Scientific memoirs by medical officers of the Army of India - Part II,
Year: 1886
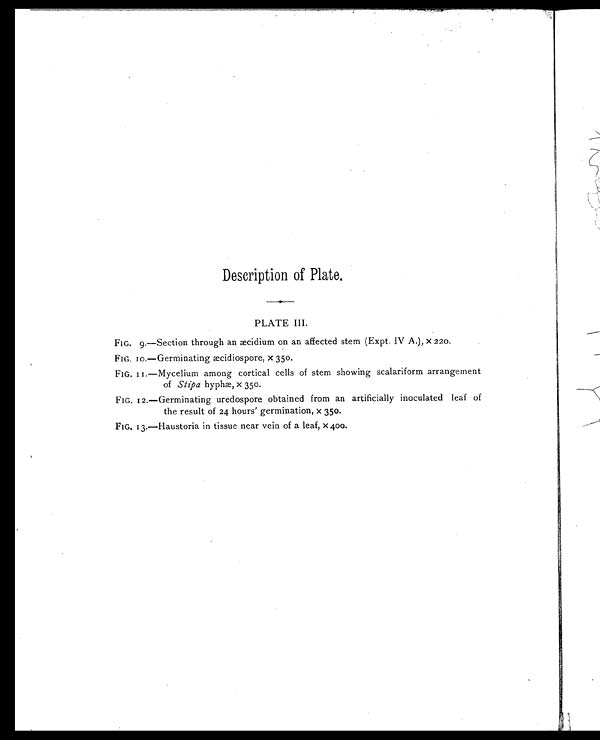
Description of Plate.
PLATE III.
FIG. 9.—Section through an æcidium on an affected stem (Expt. IV A.), x 220.
FIG. 10.—Germinating æcidiospore, x 350.
FIG. 11.—Mycelium among cortical cells of stem showing scalariform arrangement
of Stipa hyphæ, x 350.
FIG. 12.—Germinating uredospore obtained from an artificially inoculated leaf of
the result of 24 hours' germination, x 350.
FIG. 13.—Haustoria in tissue near vein of a leaf, x 400.